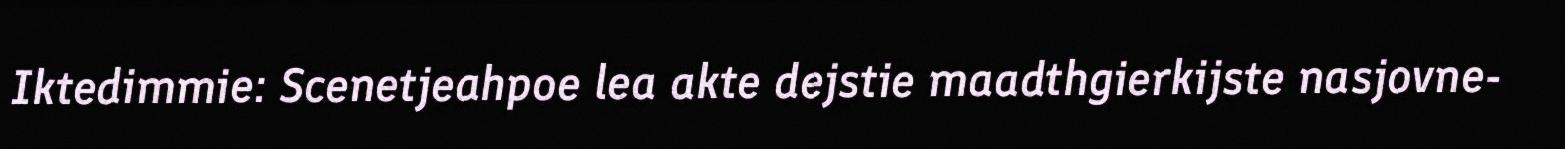
Iktedimmie: Scenetjeahpoe lea akte dejstie maadthgierkijste nasjovne-